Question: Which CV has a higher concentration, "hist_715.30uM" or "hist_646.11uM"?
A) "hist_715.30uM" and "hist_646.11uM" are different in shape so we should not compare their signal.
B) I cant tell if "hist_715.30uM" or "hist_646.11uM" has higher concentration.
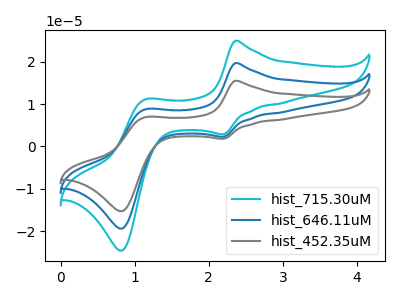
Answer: <think>The cyan curve "hist_715.30uM" has anodic peaks at (2.35V, 24.90uA) (1.15V, 11.10uA) and cathodic peaks at (2.20V, 2.90uA) (0.85V, -24.55uA). The blue curve "hist_646.11uM" has anodic peaks at (2.35V, 19.65uA) (1.15V, 8.75uA) and cathodic peaks at (2.20V, 2.25uA) (0.85V, -19.35uA). The gray curve "hist_452.35uM" has anodic peaks at (2.35V, 39.25uA) (1.15V, 17.50uA) and cathodic peaks at (2.20V, 4.55uA) (0.85V, -38.75uA).
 All the peaks in "hist_715.30uM" have a peak in "hist_646.11uM" at the same potential.</think>
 <answer>B) I cant tell if "hist_715.30uM" or "hist_646.11uM" has higher concentration.</answer>
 <eval>B</eval>